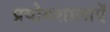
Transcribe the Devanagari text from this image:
प्रयोगशालाऐं